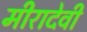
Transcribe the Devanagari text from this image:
मीरादेवी